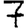
Digit: 7